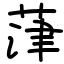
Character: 葏